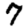
Digit: 7